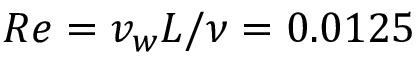
R e = v _ { w } L / \nu = 0 . 0 1 2 5